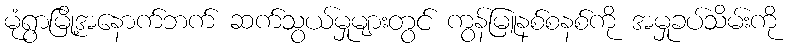
မုံရွာမြို့အနောက်ဘက် ဆက်သွယ်မှုများတွင် ကွန်မြူနစ်စနစ်ကို အမှုခပ်သိမ်းကို